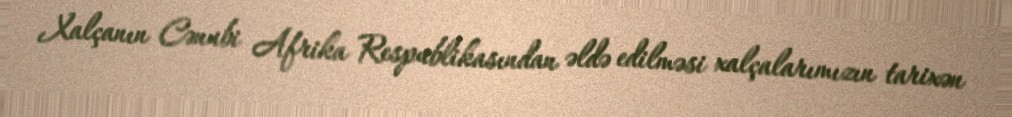
Xalçanın Cənubi Afrika Respublikasından əldə edilməsi xalçalarımızın tarixən